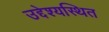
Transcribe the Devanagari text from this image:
उद्देश्यस्थित